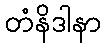
တံနိဒါနာ